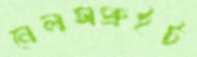
নেলসপ্রুইট